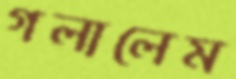
গলালেম